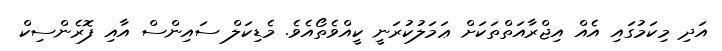
އަދި މިކަމުގައި އެއް އިޖްރާއަތްތަކަށް ޢަމަލުކުރަނީ ކީއްވެތޯއެވެ. މެޑިކަލް ސައިންސް އާއި ފޮރެންސިކް